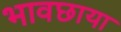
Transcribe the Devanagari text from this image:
भावछाया